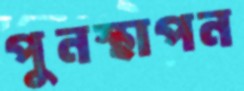
পুনস্থাপন